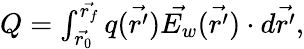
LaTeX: \begin{array}{r}{Q=\int_{\vec{r_{0}}}^{\vec{r_{f}}}q(\vec{r^{\prime}})\vec{E_{w}}(\vec{r^{\prime}})\cdot d\vec{r^{\prime}},}\end{array}